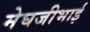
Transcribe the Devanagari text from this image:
मेघजीभाई